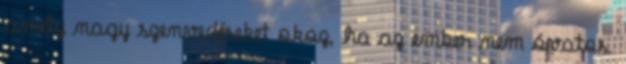
amely nagy szenvedéseket okoz, ha az ember nem óvatos.